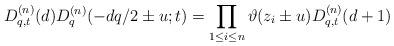
LaTeX: \begin{gather*}D^{(n)}_{q,t}(d)D^{(n)}_q(-dq/2\pm u;t)=\prod_{1\le i\le n} \vartheta(z_i\pm u)D^{(n)}_{q,t}(d+1)\end{gather*}